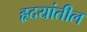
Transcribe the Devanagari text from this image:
हृदयांतील